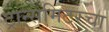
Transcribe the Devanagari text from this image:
ट्रान्समिटरचा